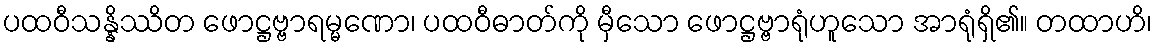
ပထဝီသန္နိဿိတ ဖောဋ္ဌဗ္ဗာရမ္မဏော၊ ပထဝီဓာတ်ကို မှီသော ဖောဋ္ဌဗ္ဗာရုံဟူသော အာရုံရှိ၏။ တထာဟိ၊